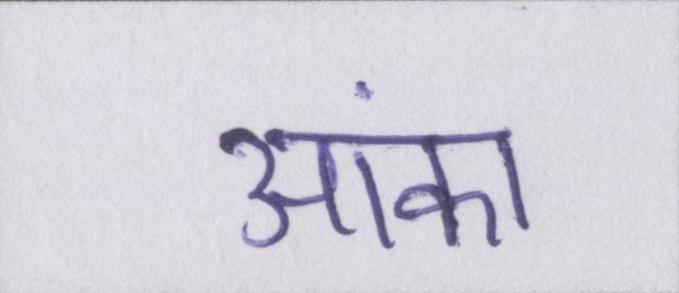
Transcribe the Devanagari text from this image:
आंका